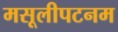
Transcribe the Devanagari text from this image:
मसूलीपटनम